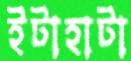
ইটাহাটা